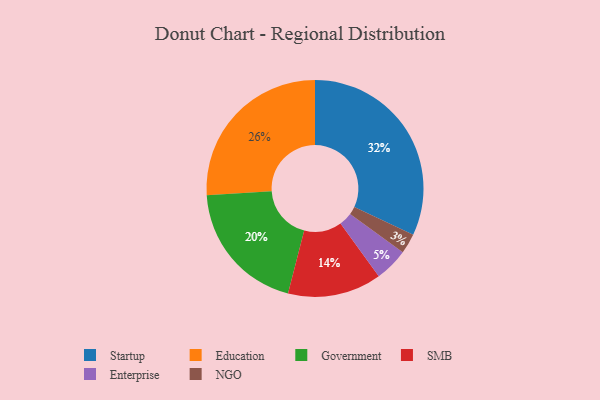
{"axis": {"x": "Category", "y": "Percentage"}, "legend": ["Education", "Enterprise", "Government", "NGO", "SMB", "Startup"], "data": [{"x": "Startup", "y": 32, "type": "Startup"}, {"x": "SMB", "y": 14, "type": "SMB"}, {"x": "Education", "y": 26, "type": "Education"}, {"x": "Enterprise", "y": 5, "type": "Enterprise"}, {"x": "NGO", "y": 3, "type": "NGO"}, {"x": "Government", "y": 20, "type": "Government"}]}